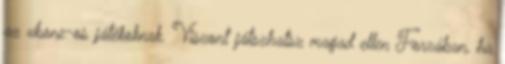
az xbone-os játékoknak. Viszont játszhatsz magad ellen Forzában, ha